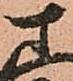
さ